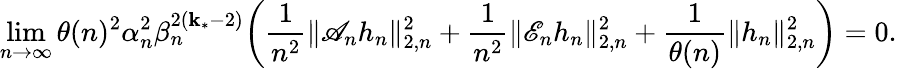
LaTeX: \operatorname*{lim}_{n\to\infty}\theta(n)^{2}\alpha_{n}^{2}\beta_{n}^{2(\mathbf{k}_{*}-2)}\bigg(\frac{{1}}{{n^{2}}}\| \mathscr{{A}}_{n}h_{n}\| _{2,n}^{2}+\frac{{1}}{{n^{2}}}\| \mathscr{{E}}_{n}h_{n}\| _{2,n}^{2}+\frac{{1}}{{\theta(n)}}\| h_{n}\| _{2,n}^{2}\bigg)=0.